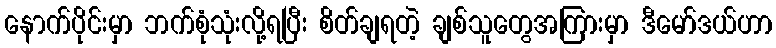
နောက်ပိုင်းမှာ ဘက်စုံသုံးလို့ရပြီး စိတ်ချရတဲ့ ချစ်သူတွေအကြားမှာ ဒီမော်ဒယ်ဟာ